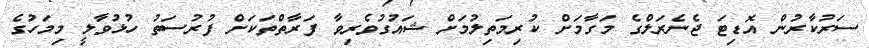
ސަރުކާރުން އޮޑިޓަ ޖެނެރަލްގެ މަގާމަށް ކުރިމަތިލުމަށް ޝައުގުވެރިވާ ފަރާތްތަކަށް ފުރުސަތު ހުޅުވާލީ މިމަހުގެ